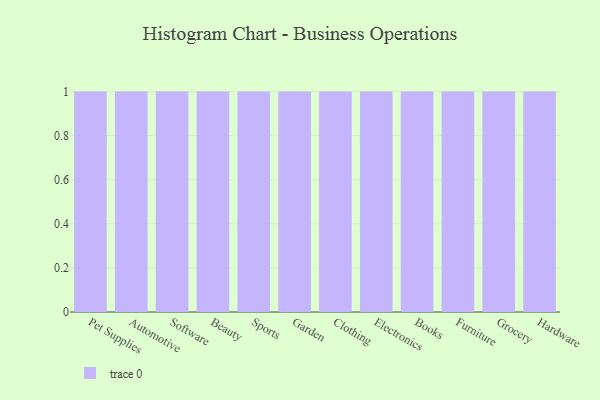
{"axis": {"x": "Category", "y": "Bounce Rate (%)"}, "legend": [""], "data": [{"x": "Pet Supplies", "y": 72, "type": ""}, {"x": "Automotive", "y": 90, "type": ""}, {"x": "Software", "y": 48, "type": ""}, {"x": "Beauty", "y": 12, "type": ""}, {"x": "Sports", "y": 98, "type": ""}, {"x": "Garden", "y": 75, "type": ""}, {"x": "Clothing", "y": 91, "type": ""}, {"x": "Electronics", "y": 63, "type": ""}, {"x": "Books", "y": 67, "type": ""}, {"x": "Furniture", "y": 100, "type": ""}, {"x": "Grocery", "y": 27, "type": ""}, {"x": "Hardware", "y": 40, "type": ""}]}